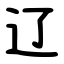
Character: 辽